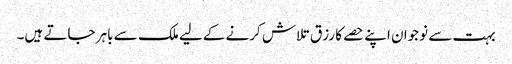
بہت سے نوجوان اپنے حصے کا رزق تلاش کرنے کےلیے ملک سے باہر جاتے ہیں۔